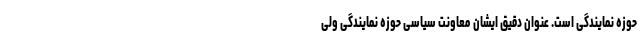
حوزه نمایندگی است. عنوان دقیق ایشان معاونت سیاسی حوزه نمایندگی ولی